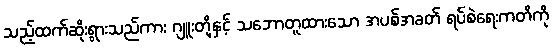
သည့်ထက်ဆိုးရွားသည်ကား ဂျူးတို့နှင့် သဘောတူထားသော အပစ်အခတ် ရပ်စဲရေးကတိကို